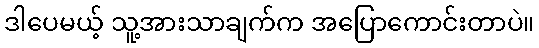
ဒါပေမယ့် သူ့အားသာချက်က အပြောကောင်းတာပဲ။